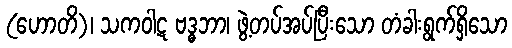
(ဟောတိ)၊ သကဝါဋ ဗဒ္ဓဘာ၊ ဖွဲ့တပ်အပ်ပြီးသော တံခါးရွက်ရှိသော